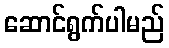
ဆောင်ရွက်ပါမည်